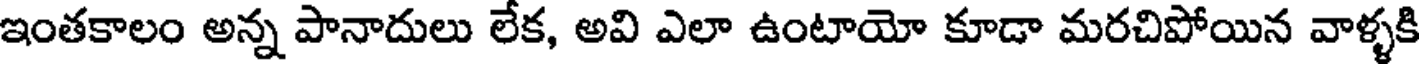
ఇంతకాలం అన్న పానాదులు లేక, అవి ఎలా ఉంటాయో కూడా మరచిపోయిన వాళ్ళకి